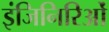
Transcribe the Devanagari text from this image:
इंजिनिरिओं